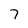
Character: 7